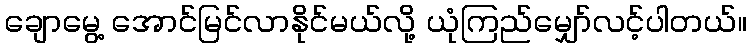
ချောမွေ့ အောင်မြင်လာနိုင်မယ်လို့ ယုံကြည်မျှော်လင့်ပါတယ်။